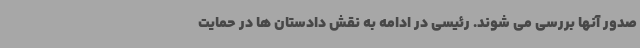
صدور آنها بررسی می شوند. رئیسی در ادامه به نقش دادستان ها در حمایت